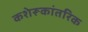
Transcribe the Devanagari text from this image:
कशेरूकांतरिक